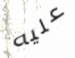
عليه